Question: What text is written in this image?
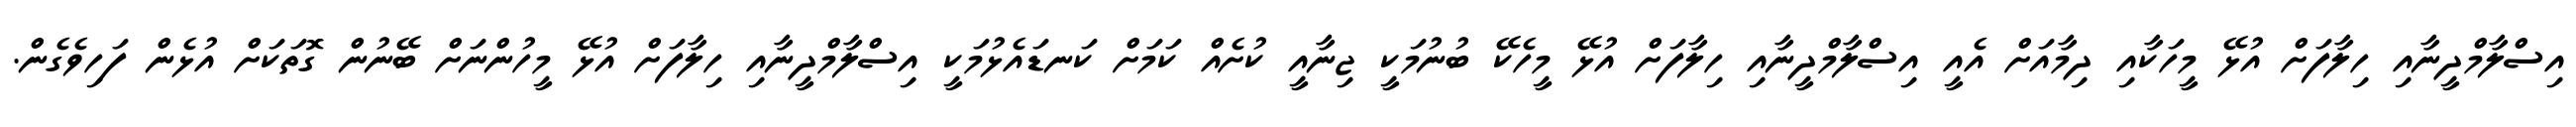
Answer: އިސްލާމްދީނާއި ހިލާފަށް އުޅޭ މީހަކާއި ދިމާއަށް އެއީ އިސްލާމްދީނާއި ހިލާފަށް އުޅޭ މީހެކޭ ބުނުމަކީ ޖިނާއީ ކުށެއް ކަމަށް ކަނޑައެޅުމަކީ އިސްލާމްދީނާއި ހިލާފަށް އުޅޭ މީހުންނަށް ބޭނުން ގޮތަކަށް އުޅެން ފަހިވެގެން.